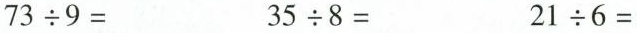
$$7 3 \div 9 =$$ $$3 5 \div 8 =$$ $$2 1 \div 6 =$$